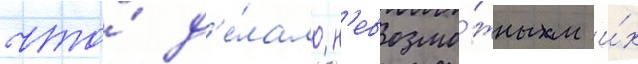
что́ д'е́лало н'евозмо́жным и́х